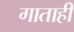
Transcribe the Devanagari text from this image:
गाताही